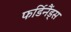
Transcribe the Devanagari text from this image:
फर्डिनैंड्स